Punjab Mental Hospital Lahore 1922-31 - 1922-1931
Year: 1922
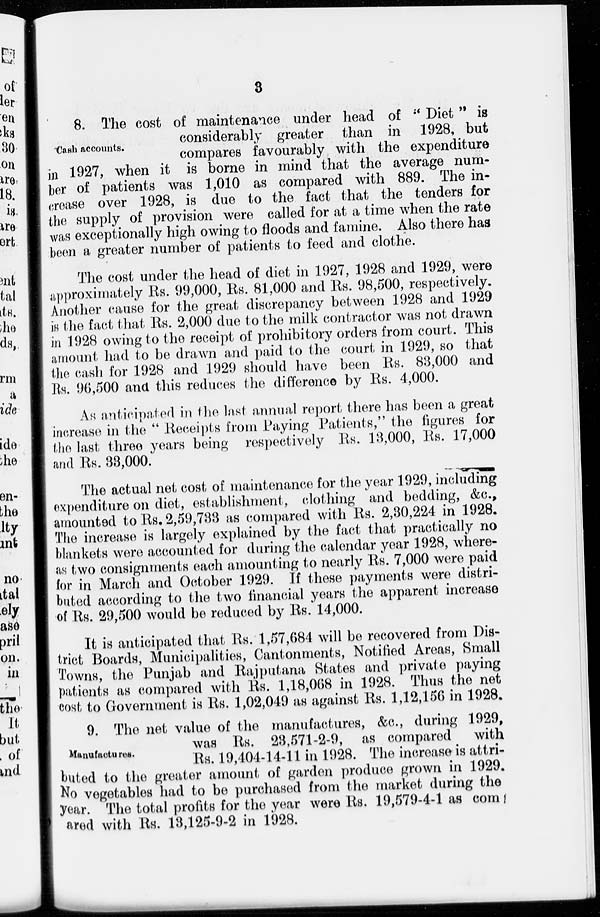
3
Cash accounts.
8. The cost of maintenance under head of " Diet" is
considerably greater than in 1928, but
compares favourably with the expenditure
in 1927, when it is borne in mind that the average num-
ber of patients was 1,010 as compared with 889. The in-
crease over 1928, is due to the fact that the tenders for
the supply of provision were called for at a time when the rate
was exceptionally high owing to floods and famine. Also there has
been a greater number of patients to feed and clothe.
The cost under the head of diet in 1927, 1928 and 1929, were
approximately Rs. 99,000, Rs. 81,000 and Rs. 98,500, respectively.
Another cause for the great discrepancy between 1928 and 1929
is the fact that Rs. 2,000 due to the milk contractor was not drawn
in 1928 owing to the receipt of prohibitory orders from court. This
amount had to be drawn and paid to the court in 1929, so that
the cash for 1928 and 1929 should have been Rs. 83,000 and
Rs. 96,500 and this reduces the difference by Rs. 4,000.
As anticipated in the last annual report there has been a great
increase in the " Receipts from Paying Patients," the figures for
the last three years being respectively Rs. 13,000, Rs. 17,000
and Rs. 33,000.
The actual net cost of maintenance for the year 1929, including
expenditure on diet, establishment, clothing and bedding, &c.,
amounted to Rs. 2,59,733 as compared with Rs. 2,30,224 in 1928.
The increase is largely explained by the fact that practically no
blankets were accounted for during the calendar year 1928, where-
as two consignments each amounting to nearly Rs. 7,000 were paid
for in March and October 1929. If these payments were distri-
buted according to the two financial years the apparent increase
of Rs. 29,500 would be reduced by Rs. 14,000.
It is anticipated that Rs. 1,57,684 will be recovered from Dis-
trict Boards, Municipalities, Cantonments, Notified Areas, Small
Towns, the Punjab and Rajputana States and private paying
patients as compared with Rs. 1,18,068 in 1928. Thus the net
cost to Government is Rs. 1,02,049 as against Rs. 1,12,156 in 1928.
Manufactures.
9. The net value of the manufactures, &c., during 1929,
was Rs. 28,571-2-9, as compared with
Rs. 19,404-14-11 in 1928. The increase is attri-
buted to the greater amount of garden produce grown in 1929.
No vegetables had to be purchased from the market during the
year. The total profits for the year were Rs. 19,579-4-1 as com
ared with Rs. 13,125-9-2 in 1928.